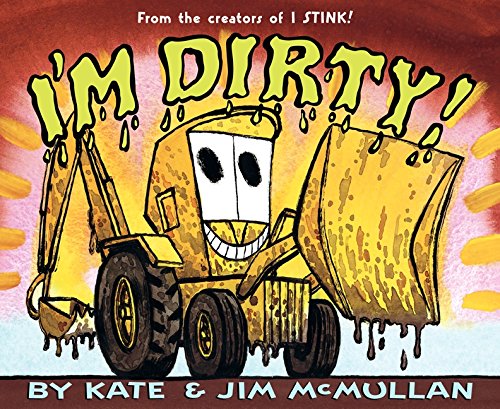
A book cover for I'm Dirty!; Kate McMullan; Children's Books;